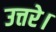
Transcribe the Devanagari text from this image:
उत्तरे।